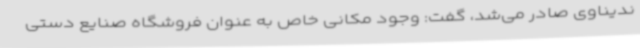
ندیناوی صادر می‌شد، گفت: وجود مکانی خاص به عنوان فروشگاه صنایع دستی